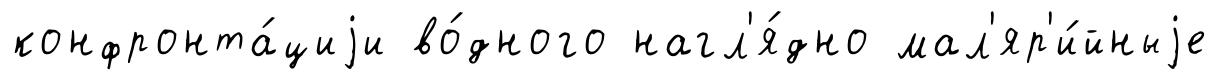
конфронта́циjи во́дного нагл'я́дно мал'яр'и́йныjе